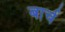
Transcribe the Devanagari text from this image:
बार्च